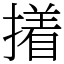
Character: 撯